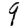
Digit: 9